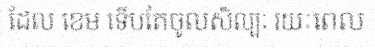
ដែល ខេម ទើបតែចូលសិល្បៈ រយៈពេល